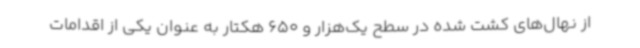
از نهال‌های کشت شده در سطح یک‌هزار و 650 هکتار به عنوان یکی از اقدامات